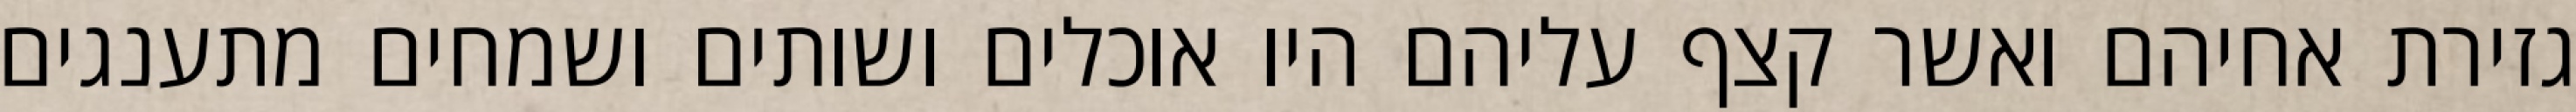
גזירת אחיהם ואשר קצף עליהם היו אוכלים ושותים ושמחים מתענגים